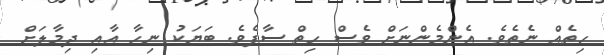
ހިތެއް ނެތެވެ. އެންމެންނަށް ވެސް ހިތް ސާފެވެ. ބަޔަކު ނިހާ އާއި ދިމާލަށް